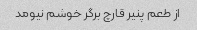
از طعم پنیر قارچ برگر خوشم نیومد